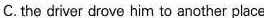
C. the driver drove him to another place